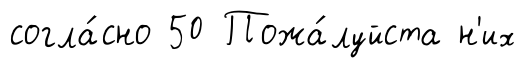
согла́сно 50 Пожа́луйста н'их